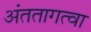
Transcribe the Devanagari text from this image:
अंततागत्वा